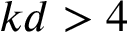
k d > 4